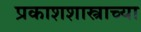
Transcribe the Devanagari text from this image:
प्रकाशशास्त्राच्या